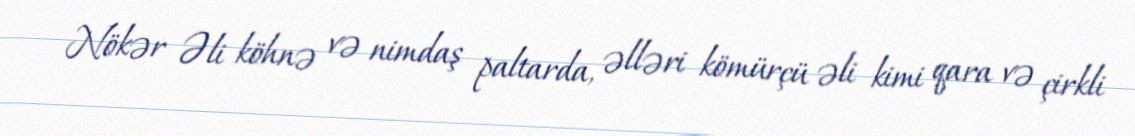
Nökər Əli köhnə və nimdaş paltarda, əlləri kömürçü əli kimi qara və çirkli